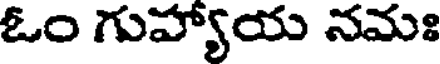
ఓం గుహ్యాయ నమః